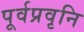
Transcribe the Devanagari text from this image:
पूर्वप्रवृनि